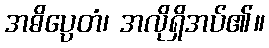
အဓိပ္ပေတံ၊ အလိုရှိအပ်၏။